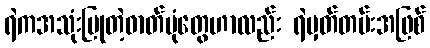
ရဲကအသုံးပြုတဲ့ဓာတ်ပုံတွေဟာလည်း ရဲမှတ်တမ်းအဖြစ်